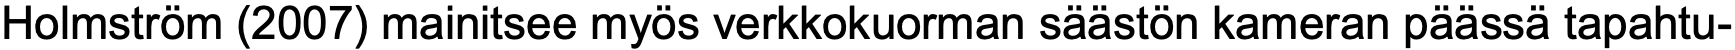
Holmström (2007) mainitsee myös verkkokuorman säästön kameran päässä tapahtu-